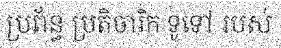
ប្រព័ន្ធ ប្រតិចារិក ទូទៅ របស់